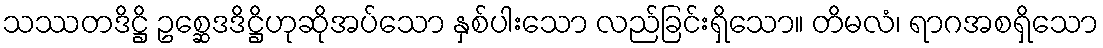
သဿတဒိဋ္ဌိ ဥစ္ဆေဒဒိဋ္ဌိဟုဆိုအပ်သော နှစ်ပါးသော လည်ခြင်းရှိသော။ တိမလံ၊ ရာဂအစရှိသော